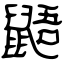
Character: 鼯